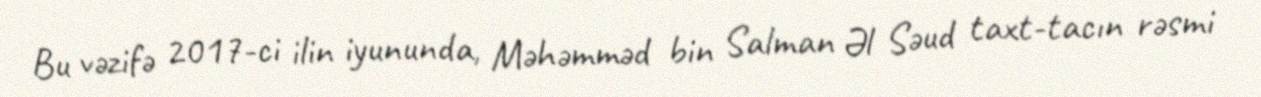
Bu vəzifə 2017-ci ilin iyununda, Məhəmməd bin Salman Əl Səud taxt-tacın rəsmi